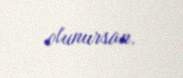
olunursan.